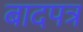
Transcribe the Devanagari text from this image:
बादपत्र